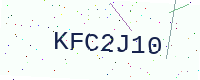
Text: KFC2J10